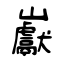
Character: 巚